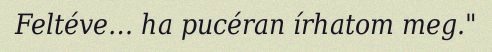
Feltéve… ha pucéran írhatom meg."